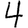
Digit: 4